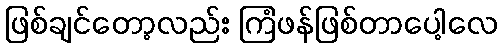
ဖြစ်ချင်တော့လည်း ကြံဖန်ဖြစ်တာပေါ့လေ